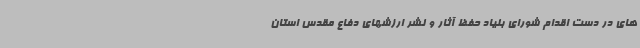
های در دست اقدام شورای بنیاد حفظ آثار و نشر ارزشهای دفاع مقدس استان